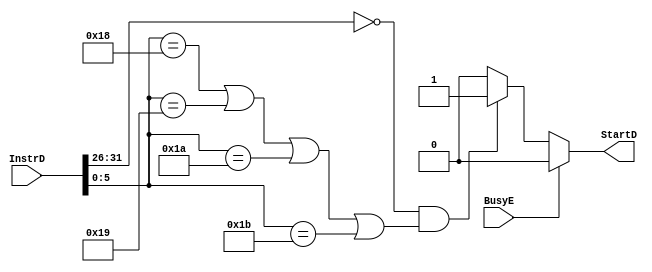
module StartCtrl(				//ID
  input [31:0] InstrD,			//ID
  input        BusyE,			//
  output       StartD			//
  );
  
  parameter
    RType = 6'b000000,			//0
    MULT  = 6'b011000,			//24
    MULTU = 6'b011001,			//25
    DIV   = 6'b011010,			//26
    DIVU  = 6'b011011;			//27
  
  assign StartD = (BusyE) ? 0 :
                  (
                    (InstrD[31:26] == RType &&
                      (InstrD[5:0] == MULT || InstrD[5:0] == MULTU ||
                       InstrD[5:0] == DIV  || InstrD[5:0] == DIVU)
                    ) ? 1 : 0
                  );
  
endmodule